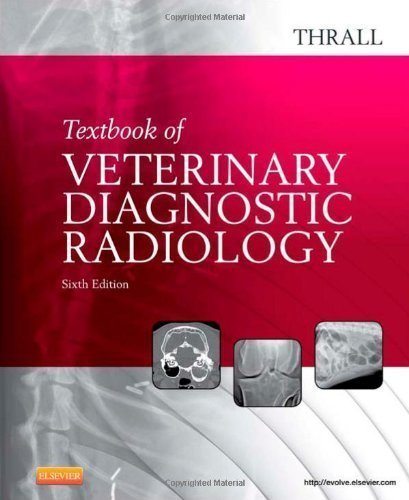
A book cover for Textbook of Veterinary Diagnostic Radiology, 6e by Donald E. Thrall (Jun 8 2012); Medical Books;